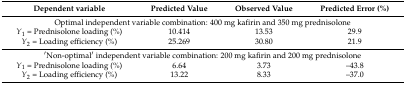
<table><thead><tr><td><b>Dependent variable</b></td><td><b>Predicted Value</b></td><td><b>Observed Value</b></td><td><b>Predicted Error (%)</b></td></tr></thead><tbody><tr><td colspan="4">Optimal independent variable combination: 400 mg kafirin and 350 mg prednisolone</td></tr><tr><td><i>Y</i><sub>1</sub> = Prednisolone loading (%)</td><td>10.414</td><td>13.53</td><td>29.9</td></tr><tr><td><i>Y</i><sub>2</sub> = Loading efficiency (%)</td><td>25.269</td><td>30.80</td><td>21.9</td></tr><tr><td colspan="4">′Non-optimal′ independent variable combination: 200 mg kafirin and 200 mg prednisolone</td></tr><tr><td><i>Y</i><sub>1</sub> = Prednisolone loading (%)</td><td>6.64</td><td>3.73</td><td>–43.8</td></tr><tr><td><i>Y</i><sub>2</sub> = Loading efficiency (%)</td><td>13.22</td><td>8.33</td><td>–37.0</td></tr></tbody></table>